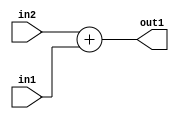
`timescale 1ps / 1ps
/*****************************************************************************
    Verilog RTL Description
    
    
    Created by: Stratus DpOpt 2019.1.01 
*******************************************************************************/

module st_weight_addr_gen_Add_16Ux8U_16U_4_1 (
	in2,
	in1,
	out1
	); /* architecture "behavioural" */ 
input [15:0] in2;
input [7:0] in1;
output [15:0] out1;
wire [15:0] asc001;

assign asc001 = 
	+(in2)
	+(in1);

assign out1 = asc001;
endmodule

/* CADENCE  ubL1Qg0= : u9/ySgnWtBlWxVPRXgAZ4Og= ** DO NOT EDIT THIS LINE ******/